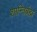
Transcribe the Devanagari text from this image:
शान्तिर्ब्रह्म